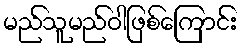
မည်သူမည်ဝါဖြစ်ကြောင်း